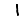
Digit: 1